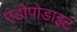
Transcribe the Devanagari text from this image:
एंडोपोडाइट